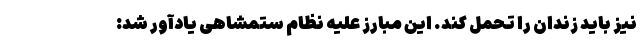
نیز باید زندان را تحمل کند. این مبارز علیه نظام ستمشاهی یادآور شد: